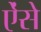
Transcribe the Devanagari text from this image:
ऐंसे